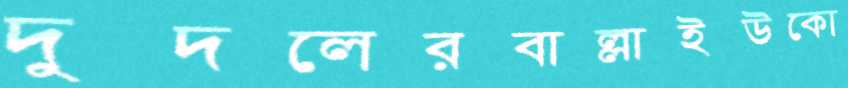
দুদলেরবাল্লাইউকো